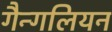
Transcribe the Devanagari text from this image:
गैन्गलियन